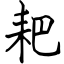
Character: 耙